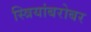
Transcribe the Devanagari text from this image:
स्त्रियांबरोबर